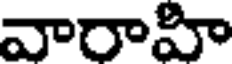
వారాహి